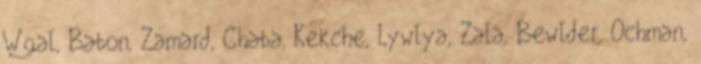
Wgal, Babon, Zamard, Chaba, Kekche, Lywlya, Zala, Bewlder, Ochman,